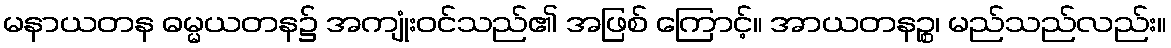
မနာယတန ဓမ္မယတန၌ အကျုံးဝင်သည်၏ အဖြစ် ကြောင့်။ အာယတနဉ္စ၊ မည်သည်လည်း။